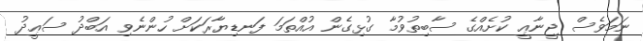
ނަމަވެސް ޖީނާޢީ ކުށެއްގެ ސާބިތުވުމާ ގުޅިގެން އުއްތަމަ ފަނޑިޔާރަަކަށް ހުންނެވި އަބްދު ސަޢީދު